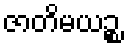
ဇာတိမယဉ္စ